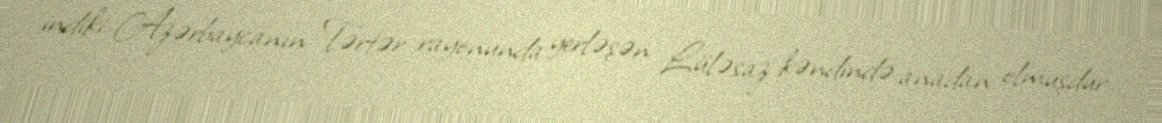
indiki Azərbaycanın Tərtər rayonunda yerləşən Lüləsaz kəndində anadan olmuşdur.